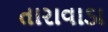
તારાવાડા